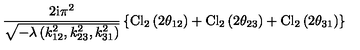
\frac { 2 \mathrm { i } \pi ^ { 2 } } { \sqrt { - \lambda \left( k _ { 1 2 } ^ { 2 } , k _ { 2 3 } ^ { 2 } , k _ { 3 1 } ^ { 2 } \right) } } \left\{ \mathrm { C l } _ { 2 } \left( 2 \theta _ { 1 2 } \right) + \mathrm { C l } _ { 2 } \left( 2 \theta _ { 2 3 } \right) + \mathrm { C l } _ { 2 } \left( 2 \theta _ { 3 1 } \right) \right\}